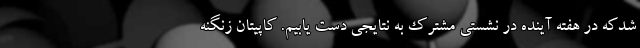
شدکه در هفته آینده در نشستی مشترک به نتایجی دست یابیم. کاپیتان زنگنه